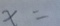
x =